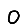
Digit: 0